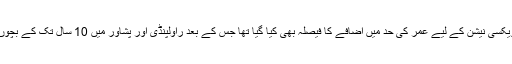
پولیو میں اضافے کو دیکھتے ہوئے پولیو ویکسی نیشن کے لیے عمر کی حد میں اضافے کا فیصلہ بھی کیا گیا تھا جس کے بعد راولپنڈی اور پشاور میں 10 سال تک کے بچوں کی بھی پولیو ویکسی نیشن کی جائے گی۔